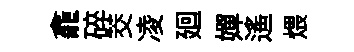
龕碎茭凌廻嬋遥煨